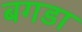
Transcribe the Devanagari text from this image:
बगडा